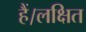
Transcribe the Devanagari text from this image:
हैं।लक्षित